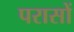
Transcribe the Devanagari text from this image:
परासों